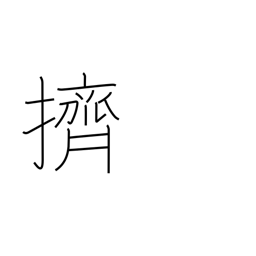
Meaning: push aside